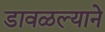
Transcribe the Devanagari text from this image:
डावळल्याने